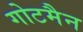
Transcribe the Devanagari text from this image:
गोटमैन